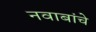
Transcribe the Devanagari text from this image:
नवाबांचे